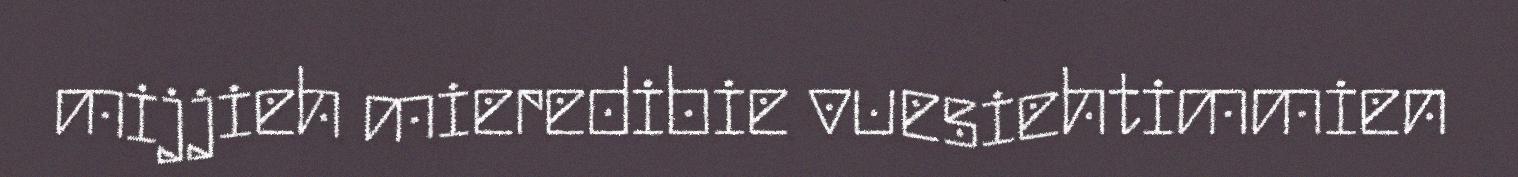
mijjieh mieredibie vuesiehtimmien